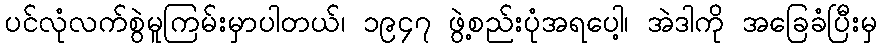
ပင်လုံလက်စွဲမူကြမ်းမှာပါတယ်၊ ၁၉၄၇ ဖွဲ့စည်းပုံအရပေါ့၊ အဲဒါကို အခြေခံပြီးမှ